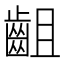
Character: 齟